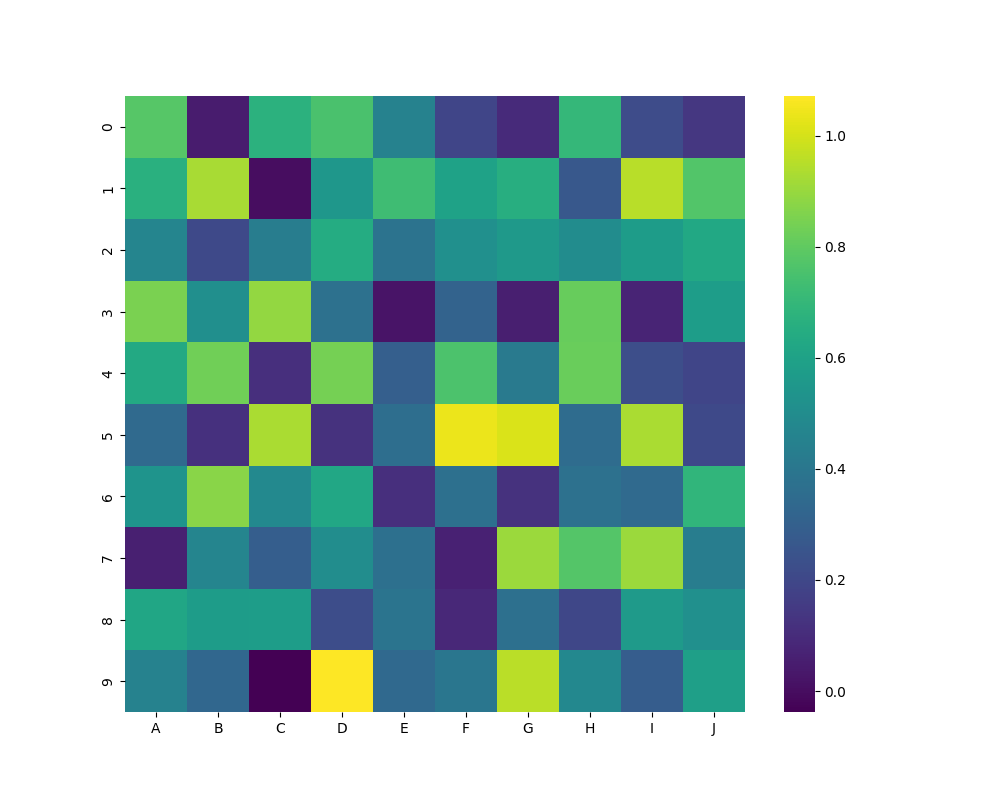
python, seaborn, heatmap, cmap='viridis', linewidths=0.0, center=none